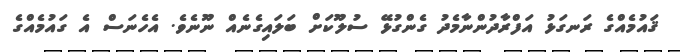
ޤައުމެއްގެ ރަނގަޅު އަފްރާދުންނާމެދު ގެންގުޅޭ ސުލޫކަށް ބަލައިގެނެއް ނޫނެވެ. އެހެނަސް އެ ގައުމެއްގެ